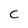
Character: C